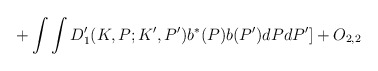
\begin{align*}+\int \int D_{1}^{\prime }(K,P;K^{\prime },P^{\prime })b^{\ast}(P)b(P^{\prime })dPdP^{\prime }]+O_{2,2} \end{align*}